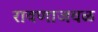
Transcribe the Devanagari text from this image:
रावणाजवळ